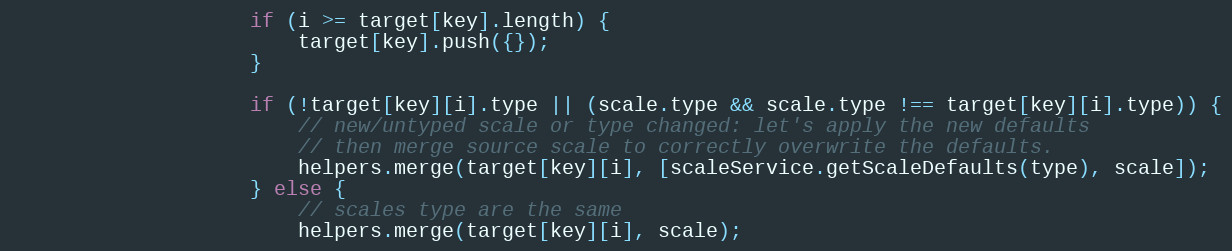
Language: JavaScript
					if (i >= target[key].length) {
						target[key].push({});
					}

					if (!target[key][i].type || (scale.type && scale.type !== target[key][i].type)) {
						// new/untyped scale or type changed: let's apply the new defaults
						// then merge source scale to correctly overwrite the defaults.
						helpers.merge(target[key][i], [scaleService.getScaleDefaults(type), scale]);
					} else {
						// scales type are the same
						helpers.merge(target[key][i], scale);